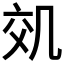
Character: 𠙇